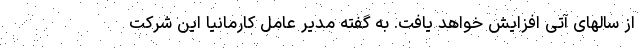
از سالهای آتی افزایش خواهد یافت. به گفته مدیر عامل کارمانیا این شرکت